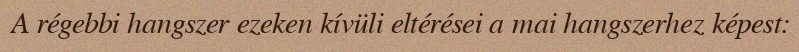
A régebbi hangszer ezeken kívüli eltérései a mai hangszerhez képest: